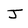
Character: J